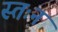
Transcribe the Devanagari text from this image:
स्तःन